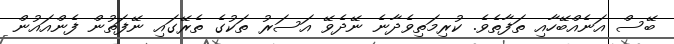
ބޭސް އަނެއްބޭހާއި ތަފާތެވެ. ކުރިމަތިވެދާނެ ނޭދެވޭ އަސަރު ތަކުގެ ތެރޭގައި ނޭފަތުން ފެންއައުން